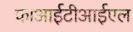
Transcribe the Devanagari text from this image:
काआईटीआईएल